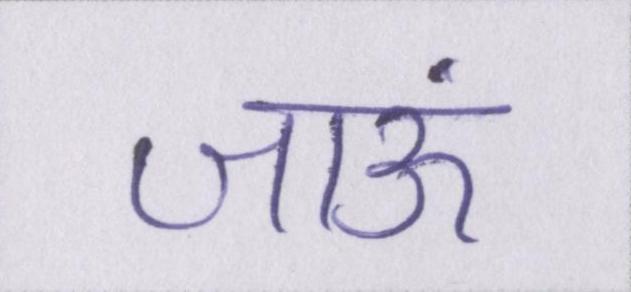
जाऊं